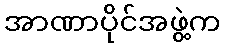
အာဏာပိုင်အဖွဲ့က